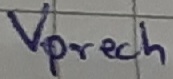
Text: Vprech